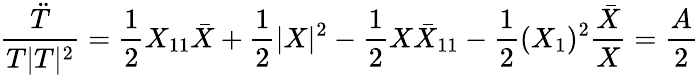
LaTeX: \frac{\ddot{T}}{T|T|^{2}}=\frac{1}{2}X_{11}\bar{X}+\frac{1}{2}|X|^{2}-\frac{1}{2}X{\bar{X}}_{11}-\frac{1}{2}(X_{1})^{2}\frac{\bar{X}}{X}=\frac{A}{2}